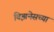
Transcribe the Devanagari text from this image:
बिझनेसच्या